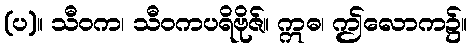
(ပ)။ သီဝက၊ သီဝကပရိဗိုဇ်။ ဣဓ၊ ဤလောက၌။